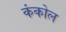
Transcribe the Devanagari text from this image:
कंकोल